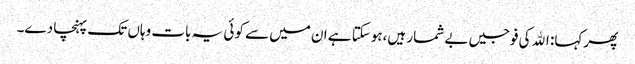
پھر کہا: اﷲ کی فوجیں بے شمار ہیں،ہوسکتا ہے ان میں سے کوئی یہ بات وہاں تک پہنچا دے۔